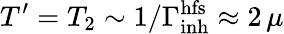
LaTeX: T^{\prime}=T_{2}\sim 1/\Gamma_{\mathrm{inh}}^{\mathrm{hfs}}\approx 2\, \mu